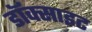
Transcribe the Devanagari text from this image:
डॉक्साइट